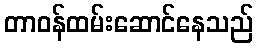
တာဝန်ထမ်းဆောင်နေသည်